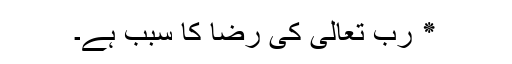
٭ رب تعالیٰ کی رضا کا سبب ہے۔